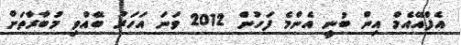
އެފްއޭއެމް އިން ބުނީ އެންމެ ފަހުން 2012 ވަނަ އަހަރު ބޭއްވި މުބާރާތަށް